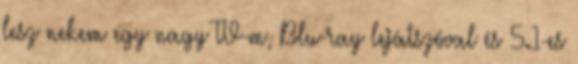
lesz nekem egy nagy TV-m, Blu-ray lejátszóval és 5.1-es